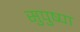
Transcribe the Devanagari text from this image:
सुपुष्पा